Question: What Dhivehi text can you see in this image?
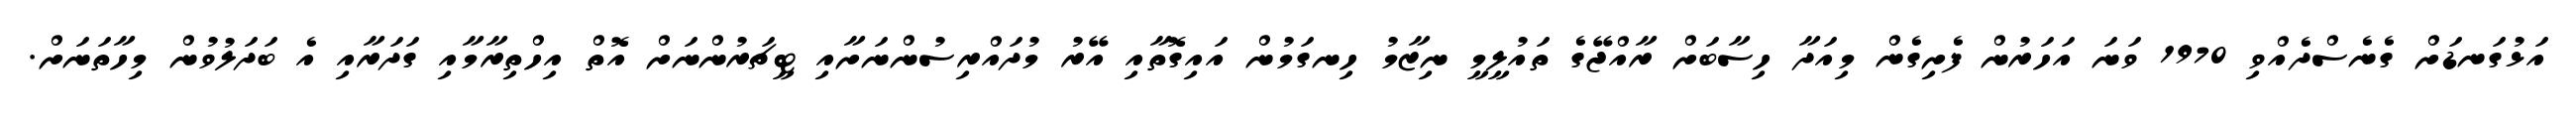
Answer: އަޅުގަނޑަށް ގެނެސްދެއްވި 1970 ވަނަ އަހަރުން ފެށިގެން މިއަދާ ހިސާބަށް ރާއްޖޭގެ ތައުލީމީ ނިޒާމު ހިނގަމުން އައިގޮތާއި އޭރު މުދައްރިސުންނަށާއި ޓީޗަރުންނަށް އޮތް އިހްތިރާމާއި ގަދަރާއި އެ ބަދަލުވުން މިހާތަނަށް.